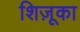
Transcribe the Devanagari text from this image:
शिज़ूका